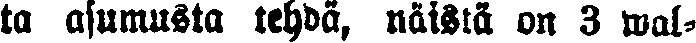
ta asumusta tehdä, näistä on 3 wal-